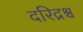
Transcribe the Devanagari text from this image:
दरिद्रश्च